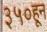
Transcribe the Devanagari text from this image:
३५०हून